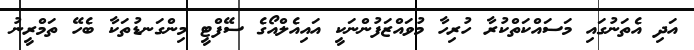
އަދި އެތަނުގައި މަސައްކަތްކުރާ ހުރިހާ މުވައްޒަފުންނަކީ އައިއެލްއޯގެ ސޭފްޓީ މިންގަނޑުތަކާ ބެހޭ ތަމްރީނު